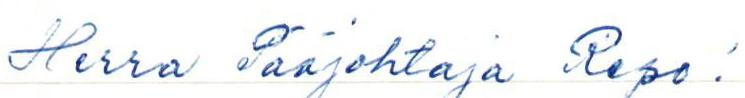
Herra Pääjohtaja Repo!